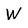
Character: W